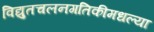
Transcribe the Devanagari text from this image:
विद्युतचलनगतिकीमधल्या